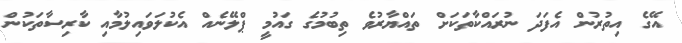
އޭގެ އިތުރުން އެފަދަ ނުރައްކާތަކަށް ތައްޔާރުވެ ތިބުމުގެ ގައުމީ ޕްލޭނެއް އެކުލަވައިލުމާއި ކާރިސާތަކުން